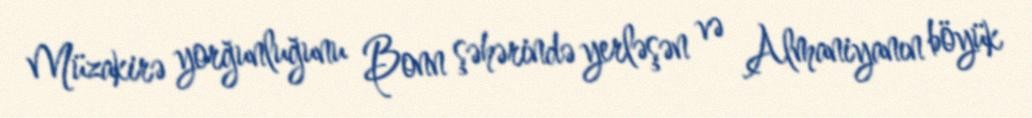
Müzakirə yorğunluğunu Bonn şəhərində yerləşən və Almaniyanın böyük